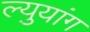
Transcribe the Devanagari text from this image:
ल्युयांग